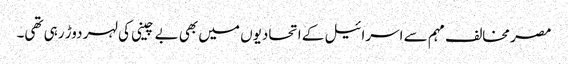
مصر مخالف مہم سے اسرائیل کے اتحادیوں میں بھی بے چینی کی لہر دوڑ رہی تھی۔